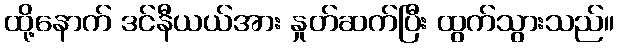
ထို့နောက် ဒင်နီယယ်အား နှုတ်ဆက်ပြီး ထွက်သွားသည်။